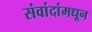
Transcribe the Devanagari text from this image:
संवांदांमधून